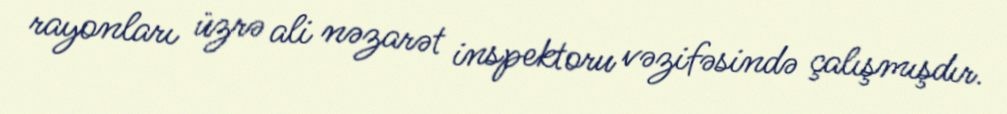
rayonları üzrə ali nəzarət inspektoru vəzifəsində çalışmışdır.